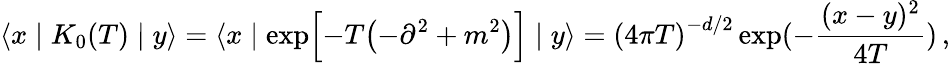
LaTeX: \langle x\mid K_{0}(T)\mid y\rangle=\langle x\mid\exp\Bigl[-T\bigl(-{\partial}^{2}+m^{2}\bigr)\Bigr]\mid y\rangle={(4\pi T)}^{-d/2}\exp(-{\frac{(x-y)^{2}}{4T}})\, ,